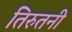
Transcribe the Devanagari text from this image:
तिरुतनी